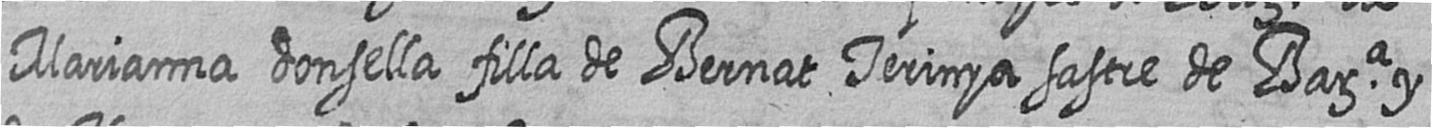
Marianna donsella filla de Bernat Terinya sastre de Bara y